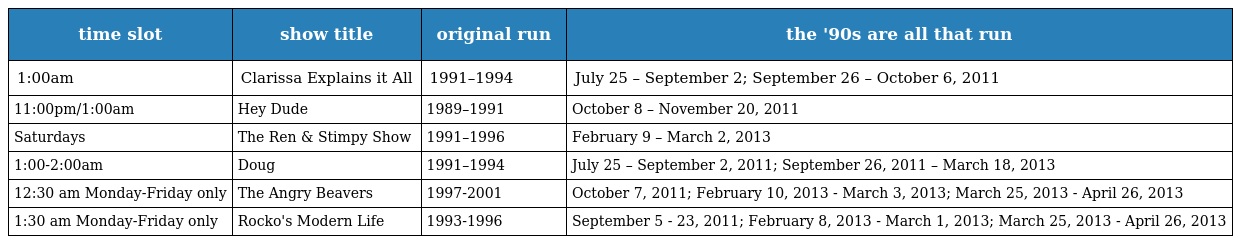
| time slot | show title | original run | the '90s are all that run |
 | --- | --- | --- | --- |
 | 1:00am | Clarissa Explains it All | 1991–1994 | July 25 – September 2; September 26 – October 6, 2011 |
 | 11:00pm/1:00am | Hey Dude | 1989–1991 | October 8 – November 20, 2011 |
 | Saturdays | The Ren & Stimpy Show | 1991–1996 | February 9 – March 2, 2013 |
 | 1:00-2:00am | Doug | 1991–1994 | July 25 – September 2, 2011; September 26, 2011 – March 18, 2013 |
 | 12:30 am Monday-Friday only | The Angry Beavers | 1997-2001 | October 7, 2011; February 10, 2013 - March 3, 2013; March 25, 2013 - April 26, 2013 |
 | 1:30 am Monday-Friday only | Rocko's Modern Life | 1993-1996 | September 5 - 23, 2011; February 8, 2013 - March 1, 2013; March 25, 2013 - April 26, 2013 |